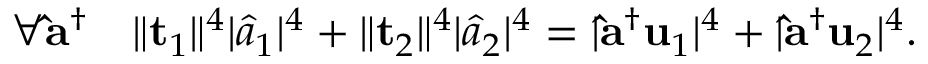
\forall \mathbf { \hat { a } } ^ { \dag } \quad \lVert \mathbf { t } _ { 1 } \rVert ^ { 4 } \lvert \hat { a } _ { 1 } \rvert ^ { 4 } + \lVert \mathbf { t } _ { 2 } \rVert ^ { 4 } \lvert \hat { a } _ { 2 } \rvert ^ { 4 } = \lvert \mathbf { \hat { a } } ^ { \dag } \mathbf { u } _ { 1 } \rvert ^ { 4 } + \lvert \mathbf { \hat { a } } ^ { \dag } \mathbf { u } _ { 2 } \rvert ^ { 4 } .